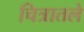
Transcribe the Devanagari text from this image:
चित्रातले